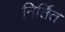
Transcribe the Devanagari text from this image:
निर्तित